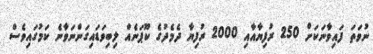
ނުވަތަ ފައިވާނަކަށް 250 ރުފިޔާއާއި 2000 ރުފިޔާ ދެމެދުގެ ކޫޕަނެއް ލިބިވަޑައިގަންނަވާނެ ކަމުގައިވެސް